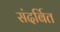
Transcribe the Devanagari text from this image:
संदर्बित